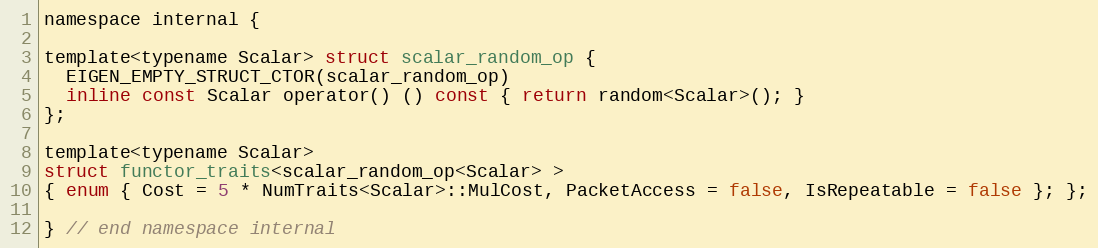
Language: C
namespace internal {

template<typename Scalar> struct scalar_random_op {
  EIGEN_EMPTY_STRUCT_CTOR(scalar_random_op)
  inline const Scalar operator() () const { return random<Scalar>(); }
};

template<typename Scalar>
struct functor_traits<scalar_random_op<Scalar> >
{ enum { Cost = 5 * NumTraits<Scalar>::MulCost, PacketAccess = false, IsRepeatable = false }; };

} // end namespace internal